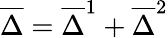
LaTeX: \overline{{{\Delta}}}=\overline{{{\Delta}}}^{1}+\overline{{{\Delta}}}^{2}